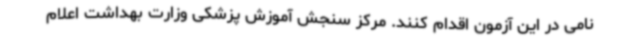
نامی در این آزمون اقدام کنند. مرکز سنجش آموزش پزشکی وزارت بهداشت اعلام